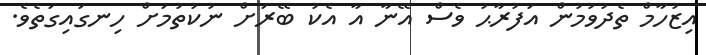
އިޒުހާމް ތެދުވުމުން އަފުރާޙު ވެސް އޭނާ އާ އެކު ބޭރަށް ނުކުތުމަށް ހިނގައިގަތެވެ.